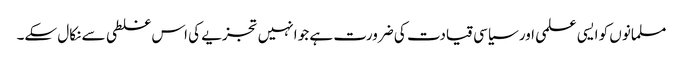
مسلمانوں کو ایسی علمی اور سیاسی قیادت کی ضرورت ہے جو انہیں تجزیے کی اس غلطی سے نکال سکے۔